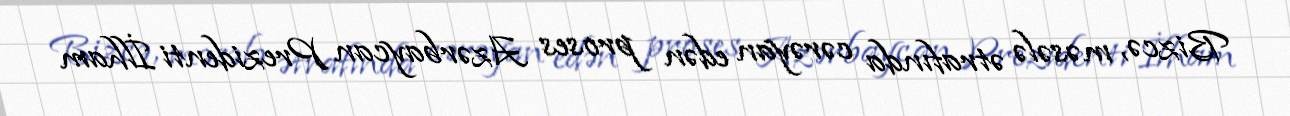
Bizcə, məsələ ətrafında cərəyan edən proses Azərbaycan Prezidenti İlham